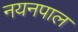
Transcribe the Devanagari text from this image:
नयनपाल